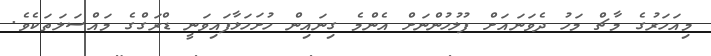
މިއަހަރުގެ މާޗް މަހު ދެވަނައަށް ފުލުހުންނަށް އެންމެ ގިނައިން ހުށަހަޅާފައިވަނީ ޑްރަގްގެ މައްސަލަތަކެވެ.